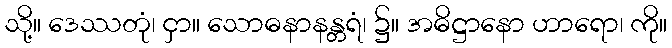
သို့။ ဒေဿတုံ၊ ငှာ။ သောဓနာနန္တရံ၊ ၌။ အဓိဋ္ဌာနော ဟာရော၊ ကို။